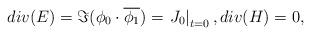
LaTeX: \begin{align*}div(E)=\Im(\phi_0\cdot \overline{\phi_1})=\left.J_0\right|_{t=0},div (H)=0,\end{align*}